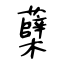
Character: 蘖